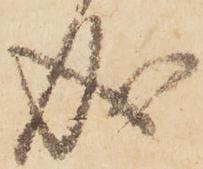
成